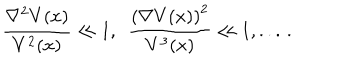
\frac { \nabla ^ { 2 } V ( x ) } { V ^ { 2 } ( x ) } \ll 1 , \, \, \, \frac { \left( \nabla V ( x ) \right) ^ { 2 } } { V ^ { 3 } ( x ) } \ll 1 , . . . \, .